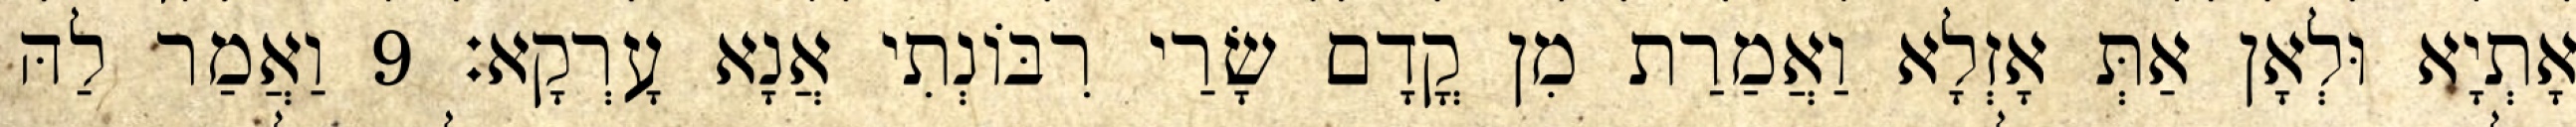
אָתְיָא וּלְאָן אַתְּ אָזְלָא וַאֲמַרַת מִן קֳדָם שָׂרַי רִבּוֹנְתִי אֲנָא עָרְקָא׃ 9 וַאֲמַר לַהּ